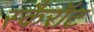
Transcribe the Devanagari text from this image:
स्कैरॉट